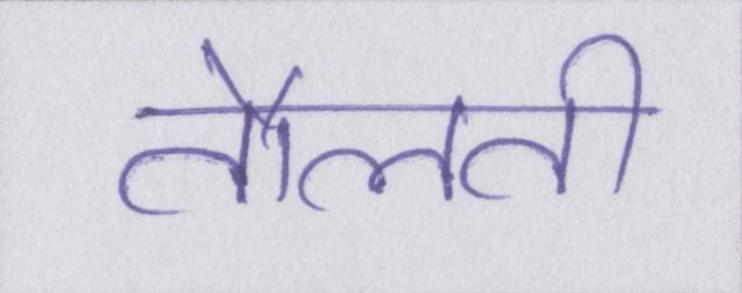
तौलती